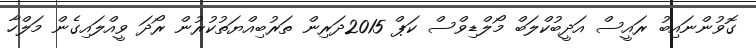
ގޮވުންނައިބު ރައީސް އަދީބުކްލަބް މޯލްޑިވްސް ކަޕް 2015ދަރިން ތަރުބިއްޔަތުކުރުން ރޯދަ ވީއްލައިގެން މަލްހާ